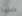
عندما